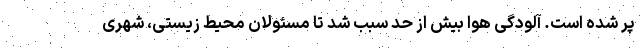
پر شده است. آلودگی هوا بیش از حد سبب شد تا مسئولان محیط زیستی، شهری